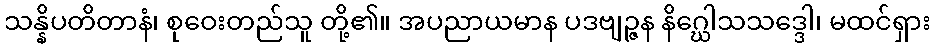
သန္နိပတိတာနံ၊ စုဝေးတည်သူ တို့၏။ အပညာယမာန ပဒဗျဉ္ဇန နိဂ္ဃေါသသဒ္ဒေါ၊ မထင်ရှား